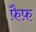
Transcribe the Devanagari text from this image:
फ़ैफ़